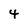
Character: 4